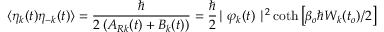
\langle \eta _ { k } ( t ) \eta _ { - k } ( t ) \rangle = \frac { \hbar } { 2 \left( A _ { R k } ( t ) + B _ { k } ( t ) \right) } = \frac { \hbar } { 2 } { \mid \varphi _ { k } ( t ) \mid ^ { 2 } } \coth \left[ \beta _ { o } \hbar W _ { k } ( t _ { o } ) / 2 \right]